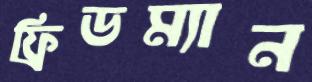
ফ্রিডম্যান